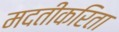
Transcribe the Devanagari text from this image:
मदतीकरिता